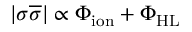
| \sigma \overline { { \sigma } } | \propto \Phi _ { \mathrm { i o n } } + \Phi _ { \mathrm { H L } }